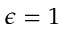
\epsilon = 1